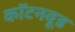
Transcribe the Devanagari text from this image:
कॉटनवूड